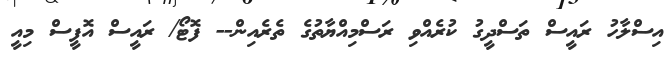
އިސްލާހު ރައީސް ތަސްދީގު ކުރެއްވި ރަސްމިއްޔާތުގެ ތެރެއިން-- ފޮޓޯ/ ރައީސް އޮފީސް މިއީ